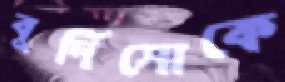
বুর্দিসোকে